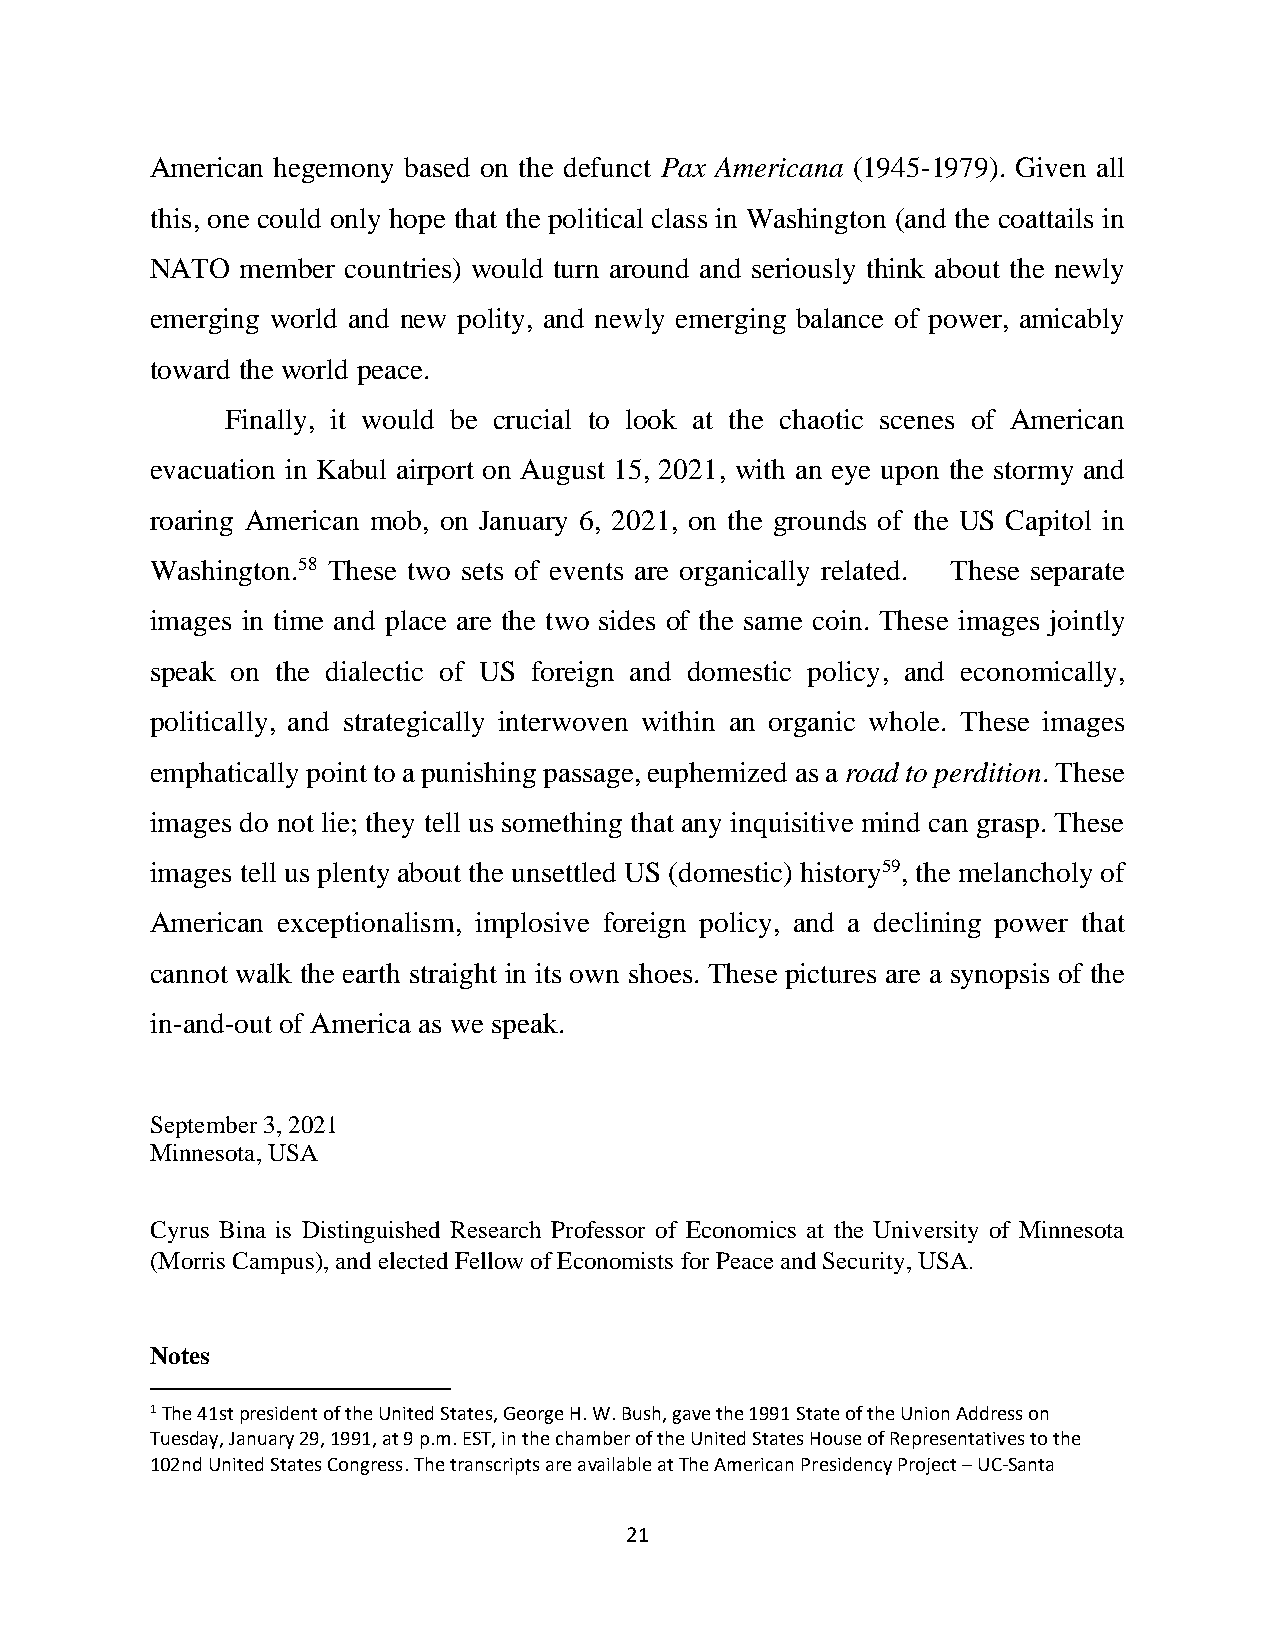
American hegemony based on the defunct Pax Americana (1945-1979). Given all
 this, one could only hope that the political class in Washington (and the coattails in
 NATO  member countries) would turn around and seriously think about the newly
 emerging world and new polity, and newly emerging balance of power, amicably
 toward the world peace.
 Finally, it would be crucial to look at the chaotic scenes of American
 evacuation in Kabul airport on August 15, 2021, with an eye upon the stormy and
 roaring American mob, on January 6, 2021, on the grounds of the US Capitol in
 Washington.58 These two sets of events are organically related. These separate
 images in time and place are the two sides of the same coin. These images jointly
 speak on the dialectic of US foreign and domestic policy, and economically,
 politically, and strategically interwoven within an organic whole. These images
 emphatically point to a punishing passage, euphemized as a road to perdition. These
 images do not lie; they tell us something that any inquisitive mind can grasp. These
 images tell us plenty about the unsettled US (domestic) history59, the melancholy of
 American exceptionalism, implosive foreign policy, and a declining power that
 cannot walk the earth straight in its own shoes. These pictures are a synopsis of the
 in-and-out of America as we speak.
 September 3, 2021
 Minnesota, USA
 Cyrus Bina is Distinguished Research Professor of Economics at the University of Minnesota
 (Morris Campus), and elected Fellow of Economists for Peace and Security, USA.
 Notes
 1 The 41st president of the United States, George H. W. Bush, gave the 1991 State of the Union Address on
 Tuesday, January 29, 1991, at 9 p.m. EST, in the chamber of the United States House of Representatives to the
 102nd United States Congress. The transcripts are available at The American Presidency Project – UC-Santa
 21